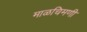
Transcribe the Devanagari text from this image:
माळचिमणी